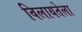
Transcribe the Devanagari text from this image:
विलायतेला